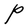
Character: P